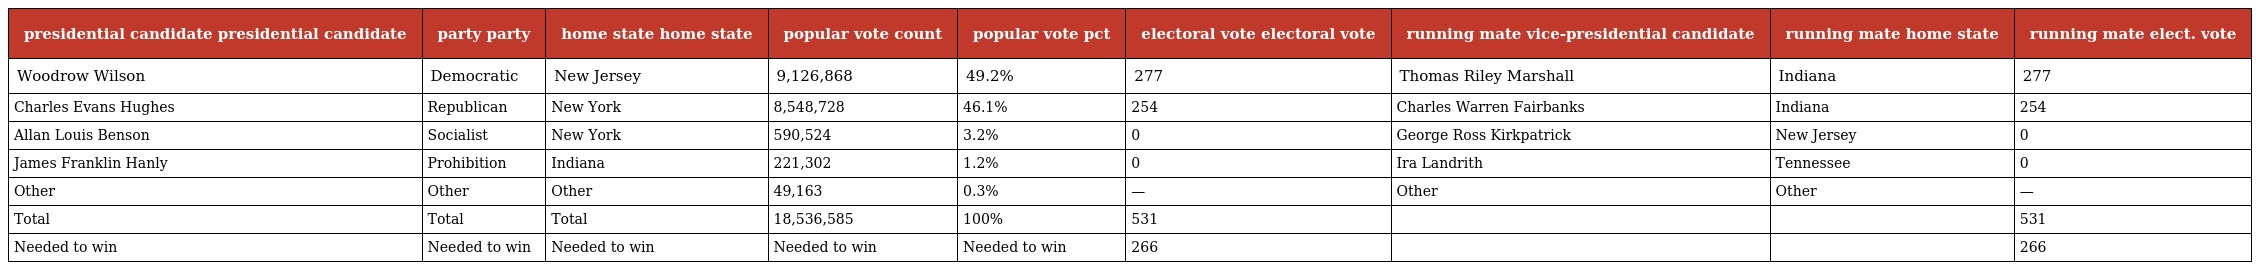
| presidential candidate presidential candidate | party party | home state home state | popular vote count | popular vote pct | electoral vote electoral vote | running mate vice-presidential candidate | running mate home state | running mate elect. vote |
 | --- | --- | --- | --- | --- | --- | --- | --- | --- |
 | Woodrow Wilson | Democratic | New Jersey | 9,126,868 | 49.2% | 277 | Thomas Riley Marshall | Indiana | 277 |
 | Charles Evans Hughes | Republican | New York | 8,548,728 | 46.1% | 254 | Charles Warren Fairbanks | Indiana | 254 |
 | Allan Louis Benson | Socialist | New York | 590,524 | 3.2% | 0 | George Ross Kirkpatrick | New Jersey | 0 |
 | James Franklin Hanly | Prohibition | Indiana | 221,302 | 1.2% | 0 | Ira Landrith | Tennessee | 0 |
 | Other | Other | Other | 49,163 | 0.3% | — | Other | Other | — |
 | Total | Total | Total | 18,536,585 | 100% | 531 |  |  | 531 |
 | Needed to win | Needed to win | Needed to win | Needed to win | Needed to win | 266 |  |  | 266 |